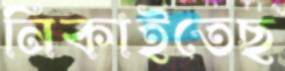
নিকাইতেছ